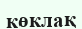
көклақ